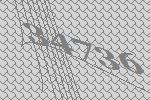
34736